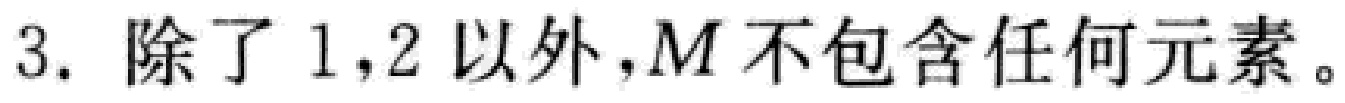
3. 除了 1,2 以外，$M$ 不包含任何元素。